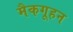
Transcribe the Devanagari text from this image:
मैकगूहन